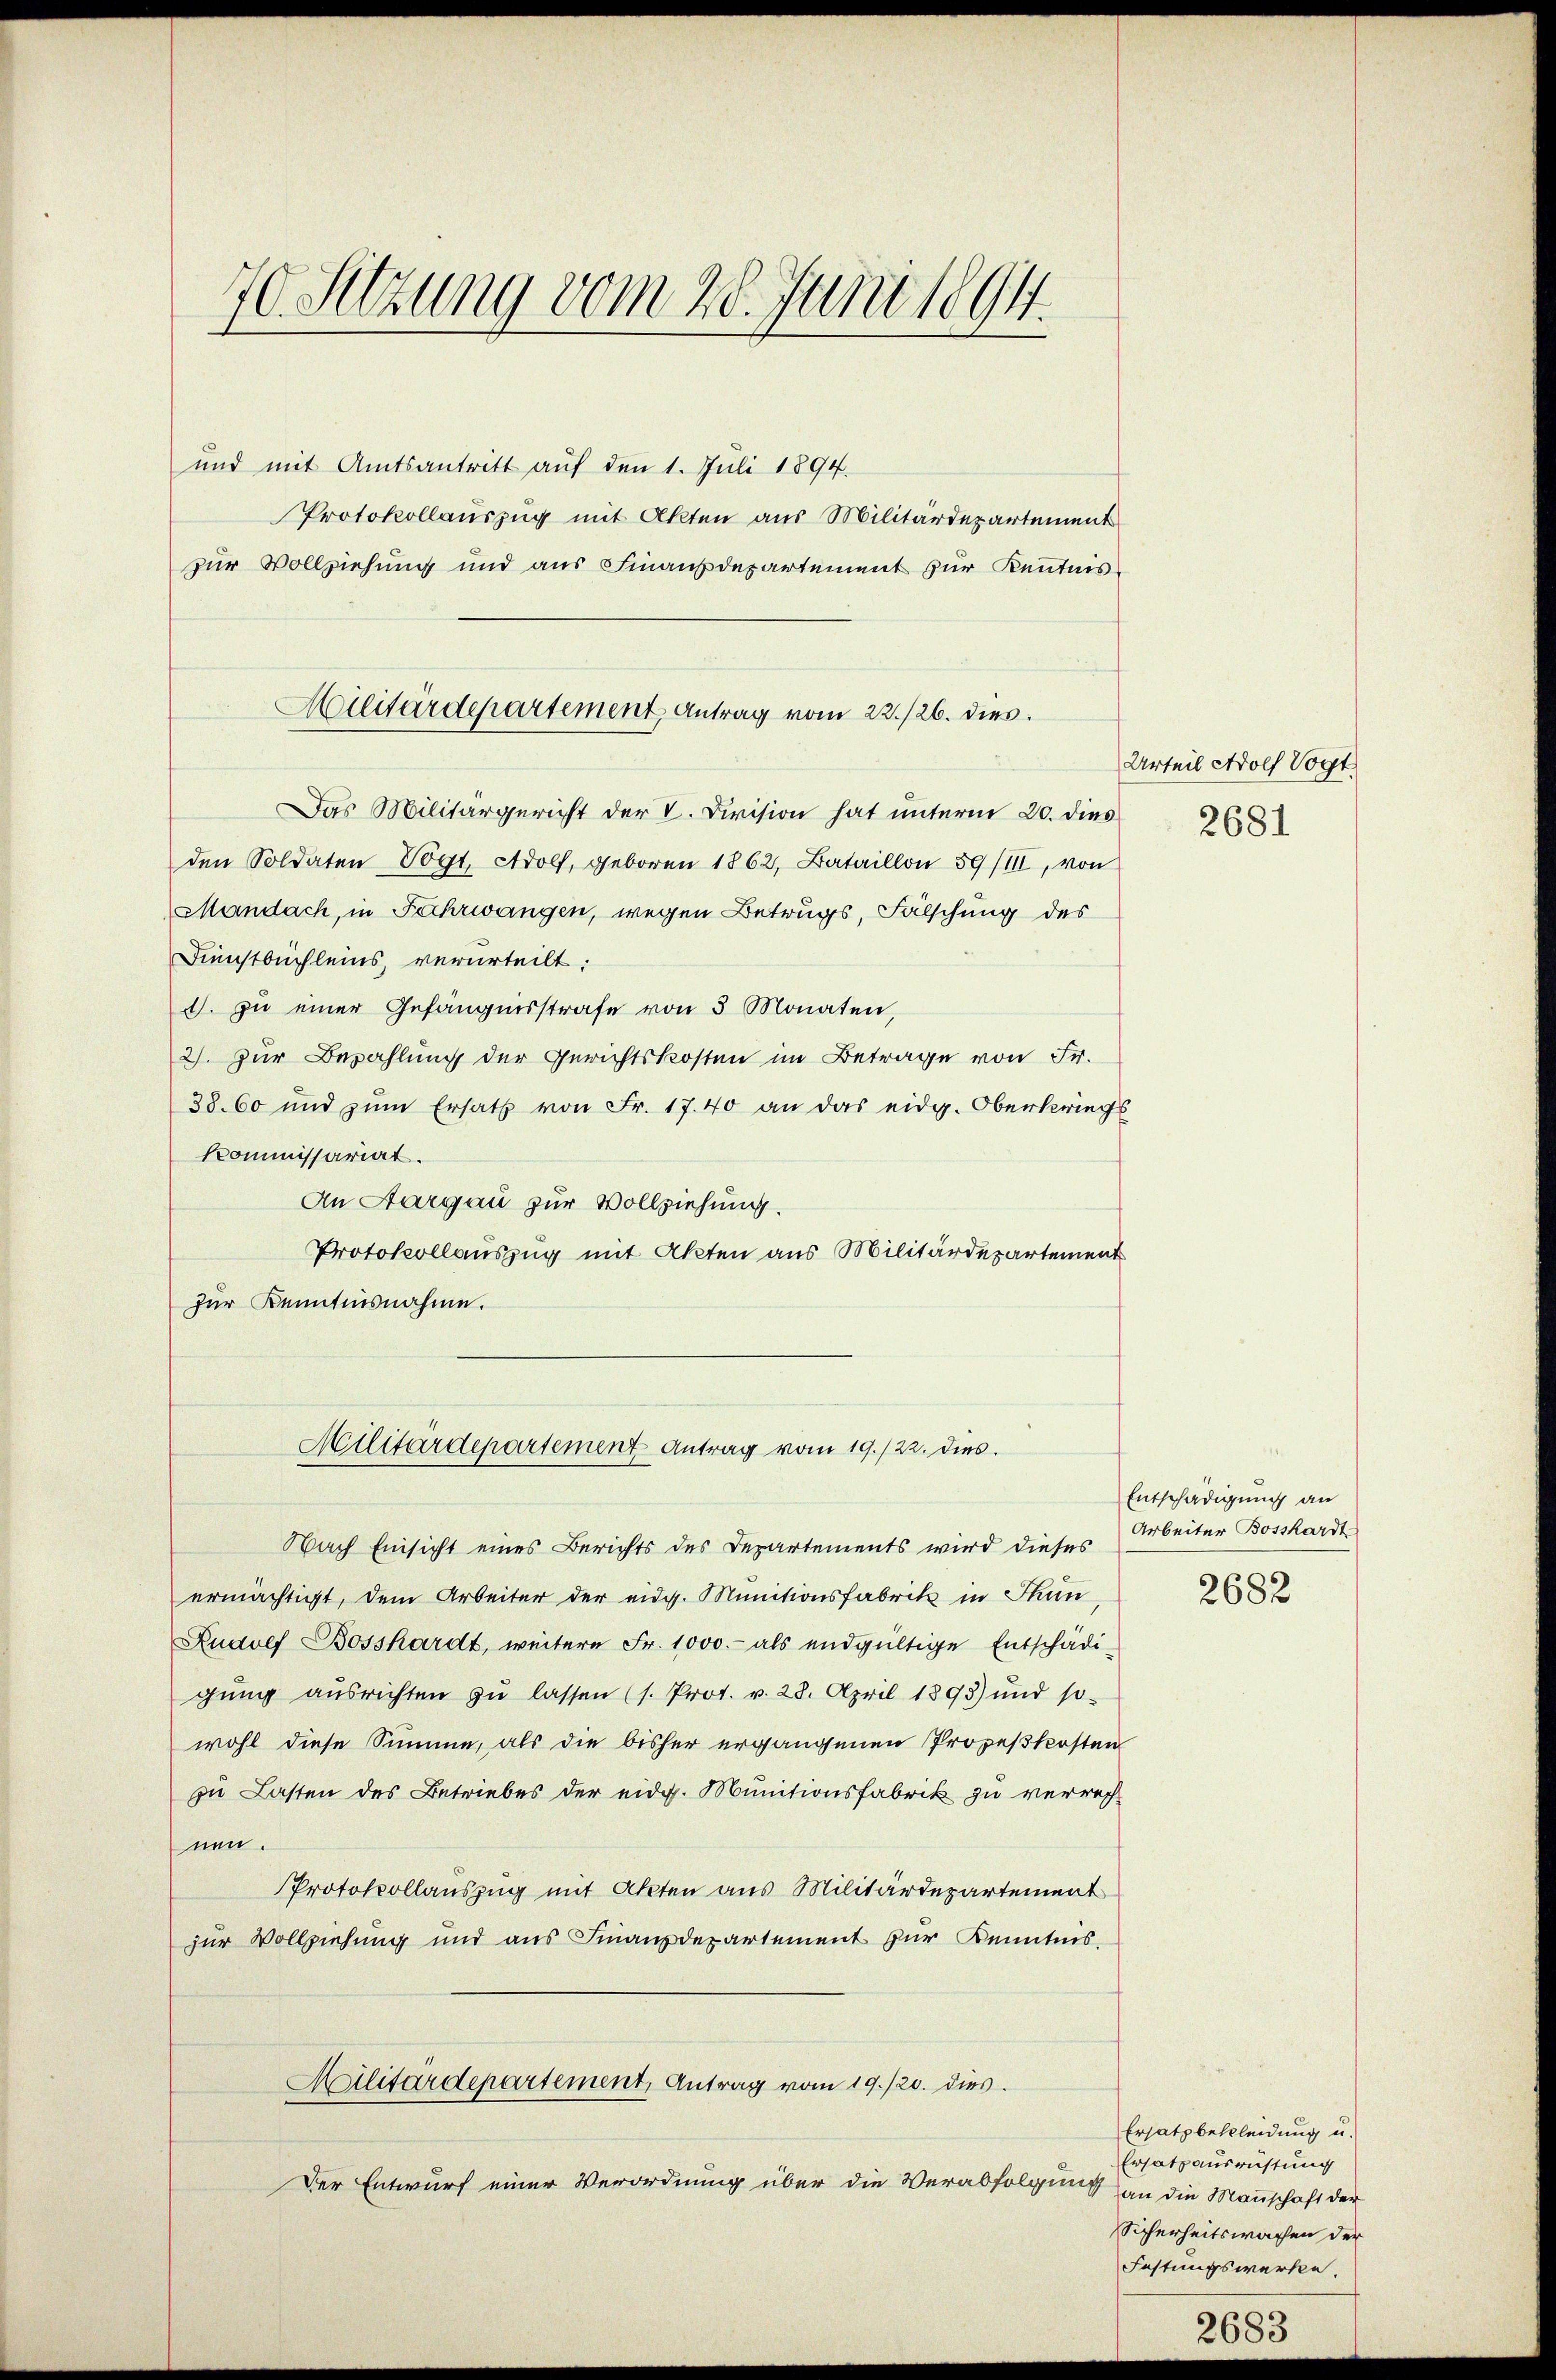
70. Sitzung vom 28. Juni 1894.

Militärdepartement Antrag vom 22./26. dies

und mit Amtsantritt auf den 1. Juli 1894.
Protokollauszug mit Akten aus Militärdepartement
zur Vollziehung und aus Finanzdepartement zur Kenntnis¬
Das Militärgericht der V. Division hat unterm 20. dies
den Soldaten Vogt, Adolf, geboren 1862, Bataillon 59/III, von
Mandach, in Fahrwangen, wegen Betrugs, Fälschung des
Dienstbüchleins, verurteilt:
d. zu einer Gefängnisstrafe von 3 Monaten,
2). Zur Bezahlung der Gerichtskosten im Betrage von Fr.
38. 60 und zŭm Ersatz von Fr. 17. 40 an das eidg. Oberkriegs
Kommissariat.
An Aargau zur Vollziehung.
Protokollauszug mit Akten aus Militärdepartement
zur Kenntnisnahme.

Militärdepartement Antrag vom 19./22. dies

Nach Einsicht eines Berichts des Departements wird dieses

Urteil Adolf Vogt
2681

ermächtigt, dem Arbeiter der eidg. Munitionsfabrik in Thun
Rudolf Bosshardt, weitere Fr. 1000.- als endgültige Entschädi-
gŭng ausrichten zŭ lassen (s. Prot. v. 28. April 1893 und so-
wohl diese Summe, als die bisher ergangenen Prozeßkosten
zu Lasten des Betriebes der eidg. Munitionsfabrik zu verrechnen.
Protokollauszug mit Akten aus Militärdepartement
zur Vollziehung und aus Finanzdepartement zur Kenntnis,
Militärdepartement, Antrag vom 19./20. dies.
Der Entwurf einer Verordnung über die Verabfolgung

Entschädigung an
Arbeiter Bosshardt
2682

Ersatz bekleidung u.
Ersatz ausrüstung
an die Mannschaft der
Sicherheitswachen der
Festungswerke.